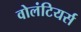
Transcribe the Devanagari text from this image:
वोलंटियर्स